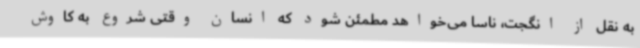
به نقل از انگجت، ناسا می‌خواهد مطمئن شود که انسان وقتی شروع به کاوش